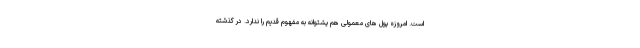
است. امروزه پول های معمولی هم پشتوانه به مفهوم قدیم را ندارد. در گذشته